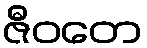
ဇီဝတေ